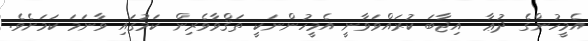
އެމީހުންގެ ދުޢާ  އިޖާބަ ކުރައްވަވާނީ އެމީހުންނަކީ ތަޤްވާވެރިން ކަމުގައި ވާނަމަ ކަމަށެވެ.